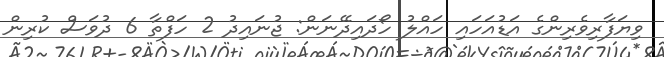
ވިޔަފާރިވެރިންގެ އަޑުއަހައި ހައްލު ހޯދައިދޭނަން: ޖުނައިދު 2 ހަފްތާ 6 ދުވަސް ކުރިން